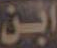
ابن